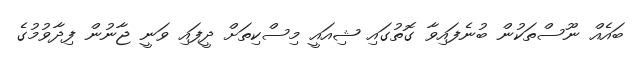
ބައެއް ނޫސްތަކުން ބުނެފައިވާ ގޮތުގައި ޝިއައީ މިސްކިތަށް ދީފައި ވަނީ ޖާނުން ފިދާވުމުގެ